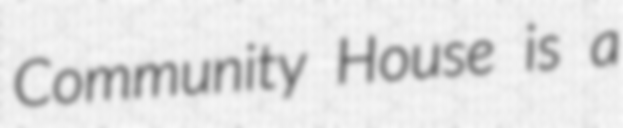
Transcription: Community House is a